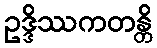
ဥဒ္ဒိဿကတန္တိ